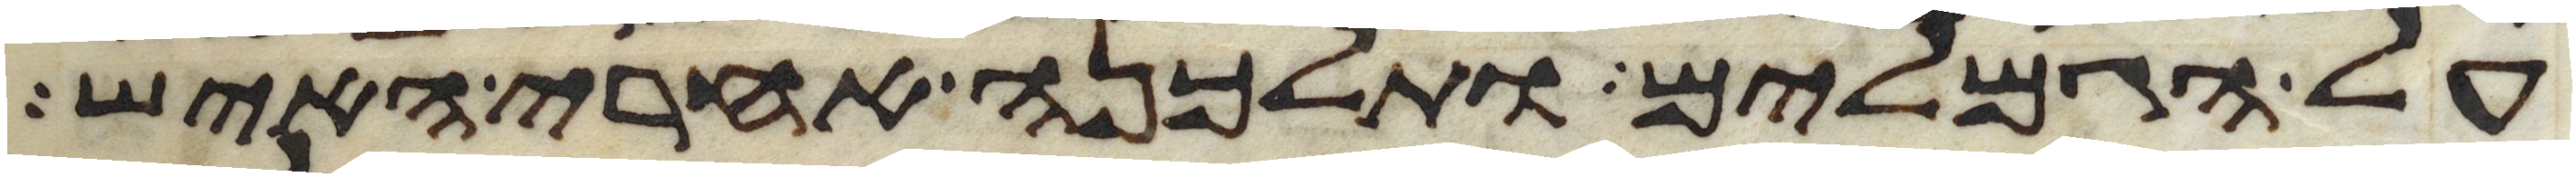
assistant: על הגמלים ותלכנה אחרי האיש